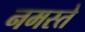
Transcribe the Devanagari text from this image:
नमस्‍ते